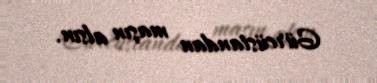
Gürcüstandan maşın alsın.